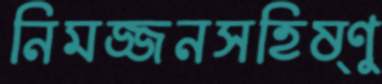
নিমজ্জনসহিষ্ণু